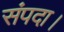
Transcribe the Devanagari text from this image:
संपदा।